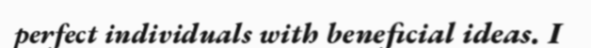
perfect individuals with beneficial ideas. I